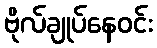
ဗိုလ်ချုပ်နေဝင်း